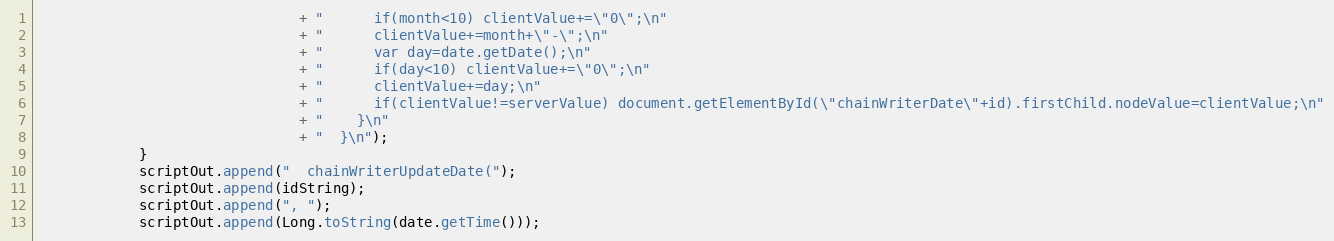
Language: Java
							   + "      if(month<10) clientValue+=\"0\";\n"
							   + "      clientValue+=month+\"-\";\n"
							   + "      var day=date.getDate();\n"
							   + "      if(day<10) clientValue+=\"0\";\n"
							   + "      clientValue+=day;\n"
							   + "      if(clientValue!=serverValue) document.getElementById(\"chainWriterDate\"+id).firstChild.nodeValue=clientValue;\n"
							   + "    }\n"
							   + "  }\n");
			}
			scriptOut.append("  chainWriterUpdateDate(");
			scriptOut.append(idString);
			scriptOut.append(", ");
			scriptOut.append(Long.toString(date.getTime()));